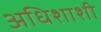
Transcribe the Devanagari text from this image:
अधिशाशी